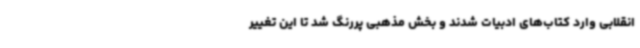
انقلابی وارد کتاب‌های ادبیات شدند و بخش مذهبی پررنگ شد تا این تغییر